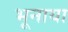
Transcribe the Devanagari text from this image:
भूनाया